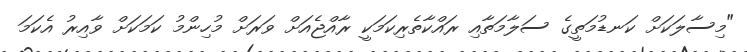
"މިސާލަކަށް ކަނޑުމަތީގެ ސަލާމަތާއި ރައްކާތެރިކަމަކީ ރާއްޖެއަށް ވަރަށް މުހިންމު ކަމަކަށް ވާއިރު އެކަމަ